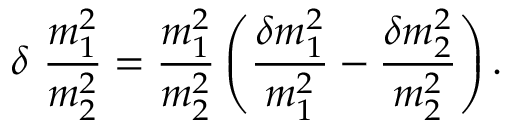
\delta \ \frac { m _ { 1 } ^ { 2 } } { m _ { 2 } ^ { 2 } } = \frac { m _ { 1 } ^ { 2 } } { m _ { 2 } ^ { 2 } } \left( \frac { \delta m _ { 1 } ^ { 2 } } { m _ { 1 } ^ { 2 } } - \frac { \delta m _ { 2 } ^ { 2 } } { m _ { 2 } ^ { 2 } } \right) .